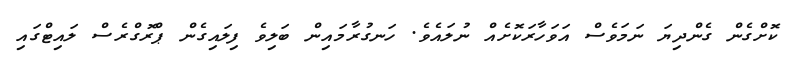
ކޮށްގެން ގެންދިޔަ ނަމަވެސް އަވަހާރަކޮށެއް ނުލައެވެ. ހަނގުރާމައިން ބަލިވެ ފިލައިގެން ޕްރޮގްރެސް ލައިޓްގައި